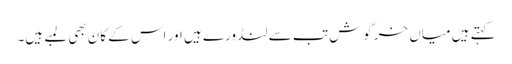
کہتے ہیں میاں خرگوش تب سے لنڈورے ہیں اور اس کے کان بھی لمبے ہیں۔